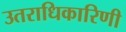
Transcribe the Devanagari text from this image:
उतराधिकारिणी